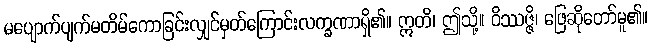
မပျောက်ပျက်မတိမ်ကောခြင်းလျှင်မှတ်ကြောင်းလက္ခဏာရှိ၏။ ဣတိ၊ ဤသို့။ ဝိဿဇ္ဇိ၊ ဖြေဆိုတော်မူ၏။